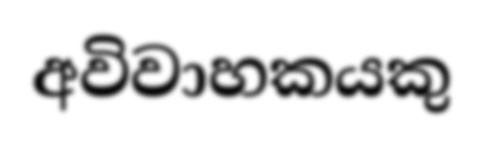
අවිවාහකයකු